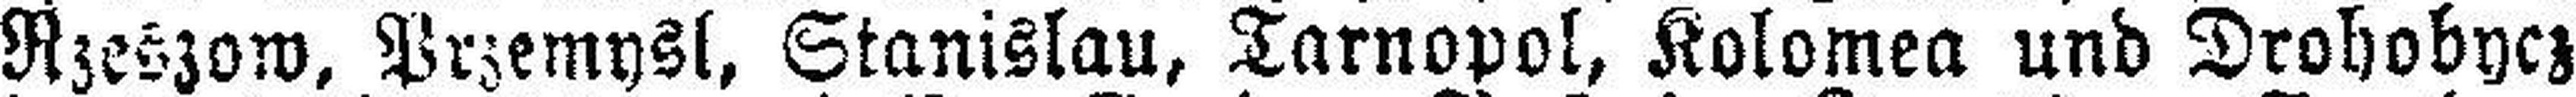
Rzeszow, Przemysl, Stanislau, Tarnopol, Kolomea und Drohobycz